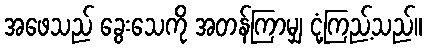
အဖေသည် ခွေးသေကို အတန်ကြာမျှ ငုံ့ကြည့်သည်။